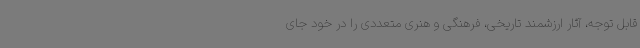
قابل توجه، آثار ارزشمند تاریخی، فرهنگی و هنری متعددی را در خود جای